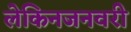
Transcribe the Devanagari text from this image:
लेकिनजनवरी